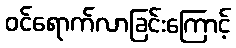
ဝင်ရောက်လာခြင်းကြောင့်